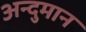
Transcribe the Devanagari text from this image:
अन्दुमान